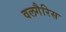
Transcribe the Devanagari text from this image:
वलगैरिस